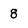
Character: 8